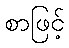
စာဖြင့်